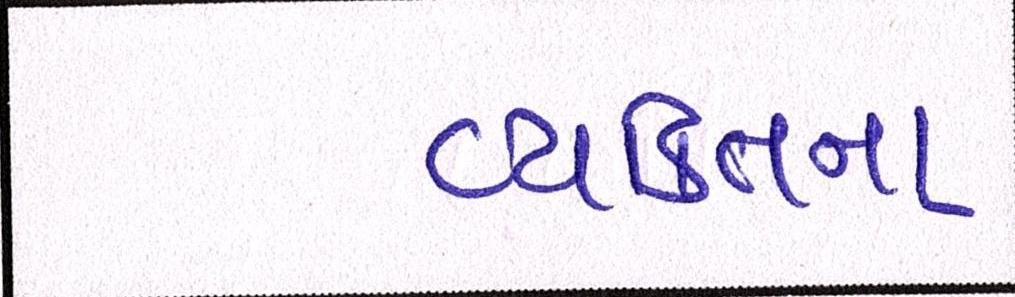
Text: વ્યક્તિના